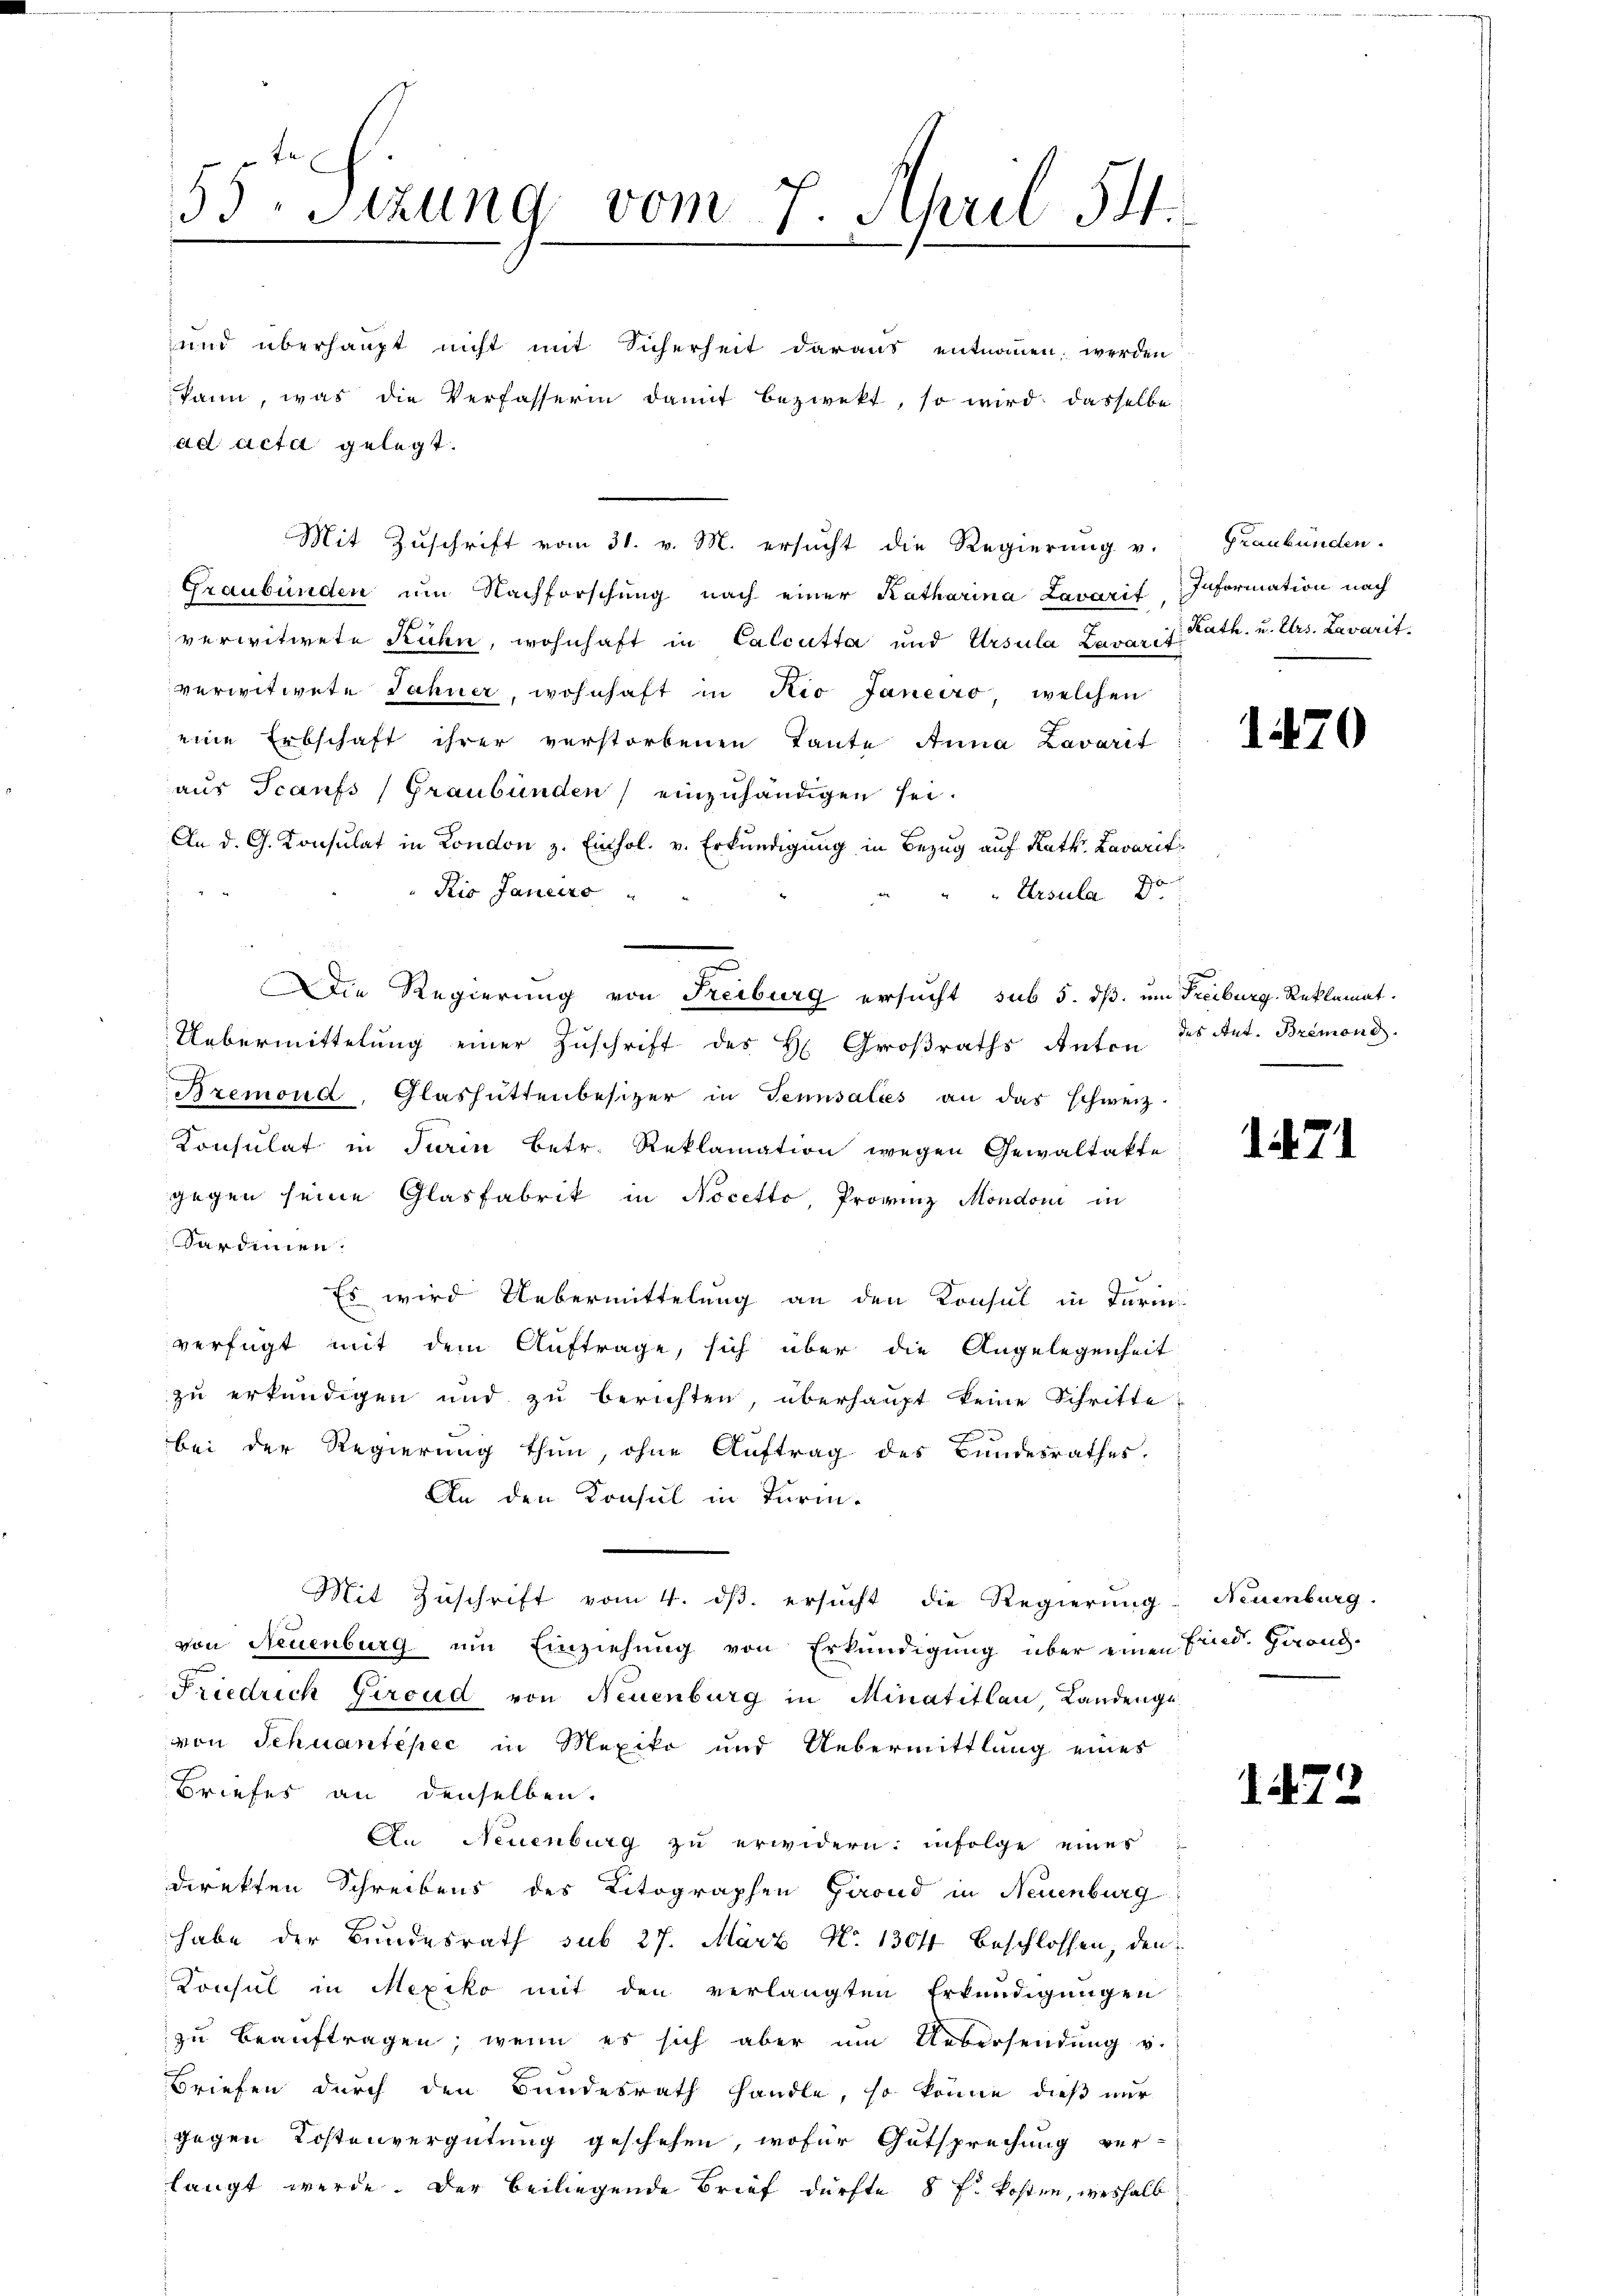
55
Sitzung vom 7. April 14.

ad acta gelegt.
Graubünden um Nachforschung nach einer Katharina Lavarif Information nach
verwitwete Ruhn, wohnhaft in Calcutta und Ursula Lavarit
verwitwete Jahner, wohnhaft in Rio Janeiro, welchen
eine Erbschaft ihrer verstorbenen Tante Anna Bavarit
aus Tcanfs (Graubünden einzuhändigen sei.
An d. G. Konsulat in London z. Einhol. v. Erkundigung in Bezug auf Rath. Lavarit
Kio Janeiro
Ursula Dr.
Uebermittelung einer Zuschrift des H. Großraths Anten des Ant. Bremond
Rzemond, Glashüttenbesizer in Tennsalées an das schweiz.
Konsulat in Turin betr. Reklamation wegen Gewaltakte
gegen seine Glasfabrik in Nocetto, Provinz Mondoni in
Sardinien.
Es wird Uebermittelung an den Konsul in Turin
verfügt mit dem Auftrage, sich über die Angelegenheit
zu erkundigen und zŭ berichten, überhaupt keine Schritte
A
bei der Regierung thun, ohne Auftrag des Bandesrathes,
An den Konsul in Turm-
Mit Zŭschrift vom 4. dβ. ersŭcht die Regierŭng
von Neuenburg um Einziehung von Erkundigung über einen Find. Hand-
Friedrich Giroud von Neuenburg in Minatitlan, Landengevon Schuantepec in Mexiko und Uebermittlung eines
Briefes an denselben.
An Neuenburg zu erwidern: infolge eines
direkten Schreibens des Ritographen Girond in Neuenburg
habe der Bundesrath sub 27. März N. 1304 beschlossen, den
Konsul in Mexiko mit den verlangten Erkundigungen
zu beauftragen, wenn es sich aber um Uebersendung v.
Briefen durch den Bundesrath handle, so könne dieß nur
gegen Kostenvergütung geschehen, wofür Gutsprechung ver-
langt werde. Der beiliegende Brief dürfte 8 f. kosten, weshalb

und überhaupt nicht mit Sicherheit daraus entnommen, werden
kann, was die Verfasserin damit bezwekt, so wird dasselbe

Mit Zuschrift vom 31. v. M. ersucht die Regierung v.

Die Regierung von Freiburg ersucht sub 5. dß. um Freiburg, Reklamat.

Graubünden.
Kath. u. Urs. Lavarit.

1470

1471

Neuenburg.

1472